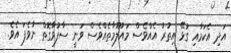
އަދި އެކަމާއި ގުޅޭ އިތުރު އެއްވެސް މައުލޫމާތެއްވެސް ވަނީ ސާފުވާގޮތް ނުވެފަ އެވެ.